Black-water fever - Number 35
Disease focus: Fever
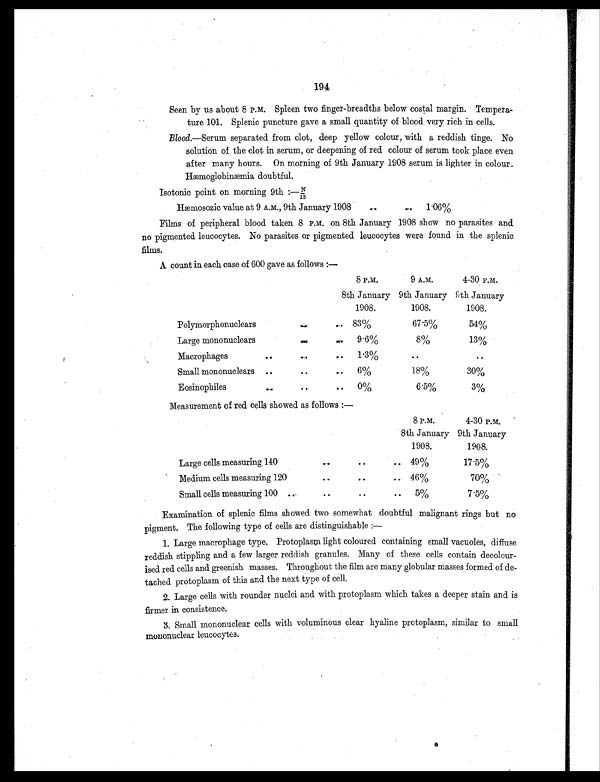
194
Seen by us about 8 P.M. Spleen two finger-breadths below costal margin. Tempera-
ture 101. Splenic puncture gave a small quantity of blood very rich in cells.
Blood.—Serum separated from clot, deep yellow colour, with a reddish tinge. No
solution of the clot in serum, or deepening of red colour of serum took place even
after many hours. On morning of 9th January 1908 serum is lighter in colour .
H æ m o g l o b i n æ m i a d o u b t f u l .
Isotonic point on morning 9th :—N/13
Hæmosozic value at 9 A.M., 9th January 1908
..
.. 1.06%
Films of peripheral blood taken 8 P.M. on 8th January 1908 show no parasites and
no pigmented leucocytes. No parasites or pigmented leucocytes were found in the splenic
films.
A count in each case of 600 gave as follows :—
8 P.M.
9 A.M.
4-30 P.M.
8th January 9th January 9th January
1908.
1908.
1908.
Polymorphonuclears
. .
. . 83%
67.5%
54%
Large mononuclears
..
.. 9.6%
8%
13%
Macrophages
..
..
.. 1.3%
. .
. .
Small mononuclears ..
..
.. 6%
18%
30%
Eosinophiles
. .
..
.. 0%
6.5%
3 %
Measurement of red cells showed as follows :—
8 P.M.
4-30 P.M.
8th January 9th January
1908.
1908.
Large cells measuring 140
..
..
.. 49%
17.5%
Medium cells measuring 120
..
..
.. 4 6 %
7 0 %
Small cells measuring 100 ..
..
..
.. 5 %
7.5%
Examination of splenic films showed two somewhat doubtful malignant rings but no
pigment. The following type of cells are distinguishable :-
1. Large macrophage type. Protoplasm light coloured containing small vacuoles, diffuse
reddish stippling and a few larger reddish granules. Many of these cells contain decolour-
ised red cells and greenish masses. Throughout the film are many globular masses formed of de-
tached protoplasm of this and the next type of cell.
2. Large cells with rounder nuclei and with protoplasm which takes a deeper stain and is
firmer in consistence.
3. Small mononuclear cells with voluminous clear hyaline protoplasm, similar to small
mononuclear leucocytes.